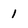
Character: 1